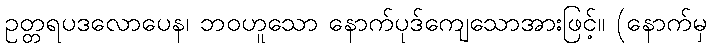
ဥတ္တရပဒလောပေန၊ ဘဝဟူသော နောက်ပုဒ်ကျေသောအားဖြင့်။ (နောက်မှ